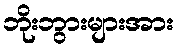
ဘိုးဘွားများအား